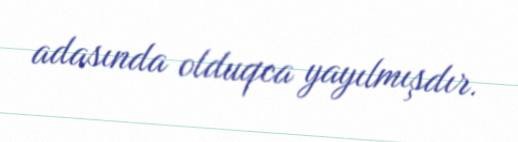
adasında olduqca yayılmışdır.